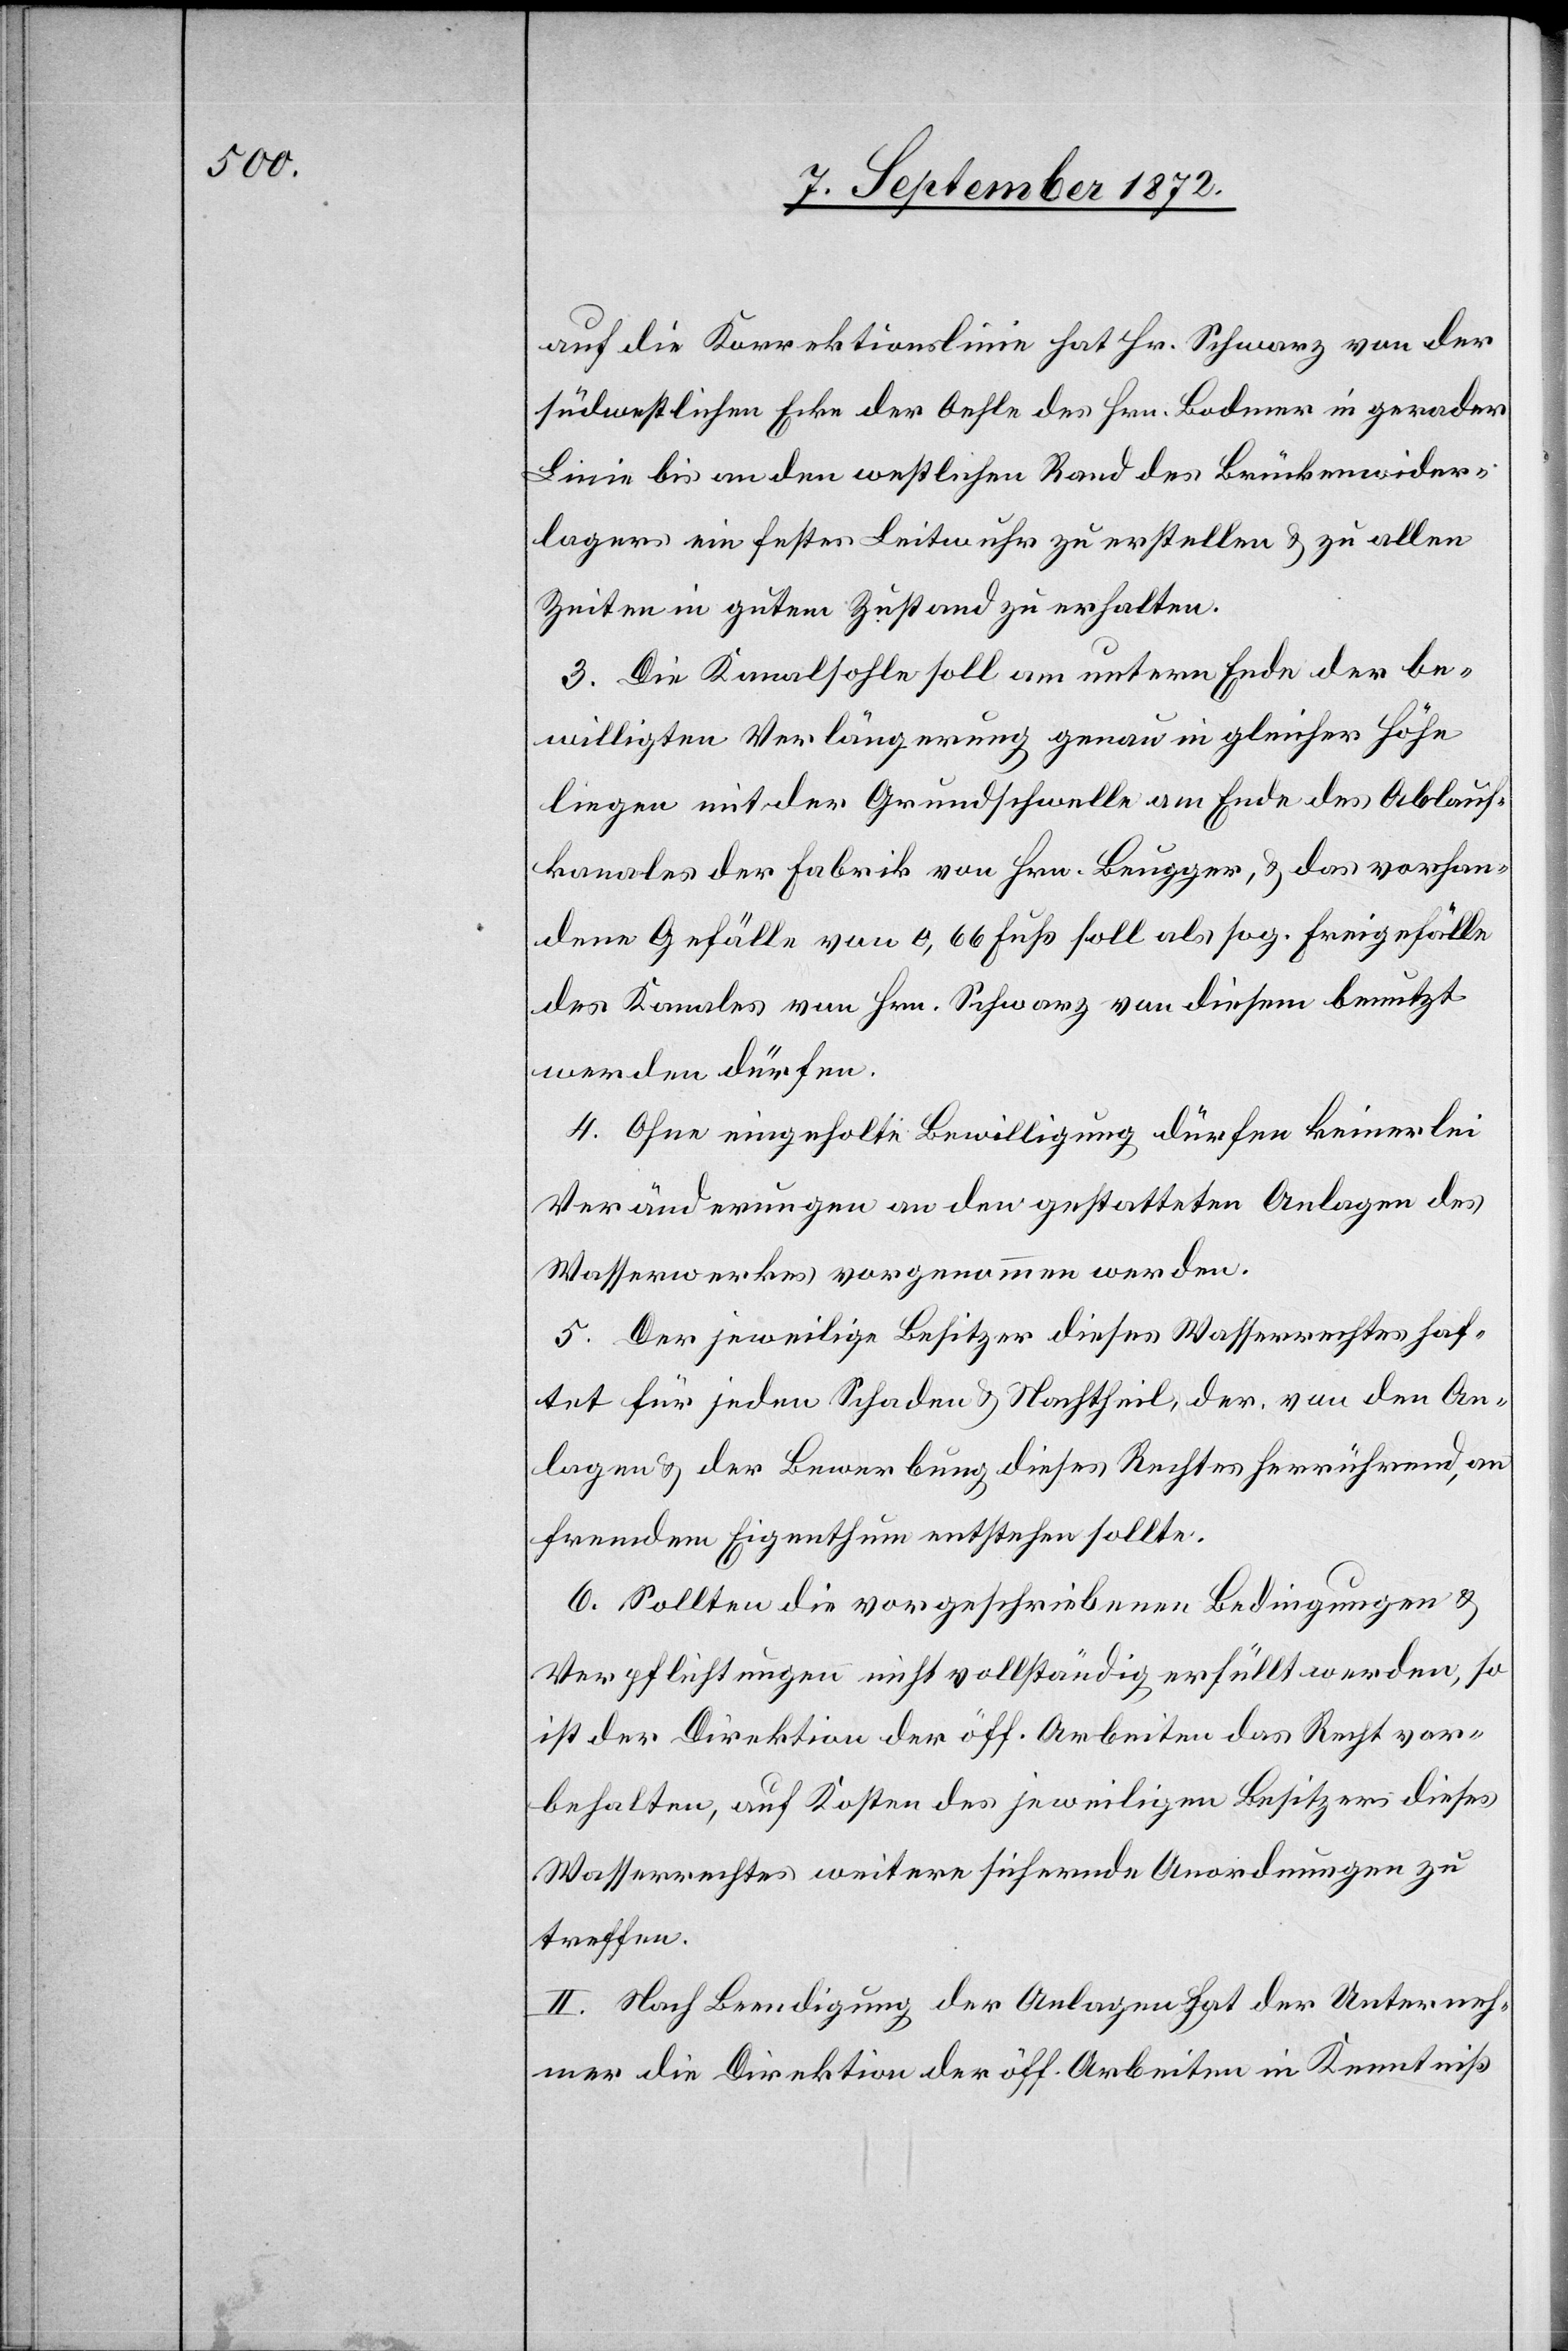
auf die Korrektionslinie hat Hr. Schwarz von der
südwestlichen Ecke der Oehle des Hrn. Bodmer in gerader
Linie bis an den westlichen Rand des Brückenwider¬
lagers ein festes Leitwuhr zu erstellen u. zu allen
Zeiten in gutem Zustand zu erhalten.
3. Die Kanalsohle soll am untern Ende der be¬
willigten Verlängerung genau in gleicher Höhe
liegen mit der Grundschwelle am Ende des Ablauf¬
kanales der Fabrik von Hrn. Beugger, u. das vorhan¬
dene Gefälle von 0,66 Fuß soll als sog. Freigefälle
des Kanales von Hrn. Schwarz von diesem benutzt
werden dürfen.
4. Ohne eingeholte Bewilligung dürfen keinerlei
Veränderungen an den gestatteten Anlagen des
Wasserwerkes vorgenommen werden.
5. Der jeweilige Besitzer dieses Wasserrechtes haf¬
tet für jeden Schaden u. Nachtheil, der von den An¬
lagen u. der Bewerbung dieses Rechtes herrührend, an
fremdem Eigenthum entstehen sollte.
6. Sollten die vorgeschriebenen Bedingungen u.
Verpflichtungen nicht vollständig erfüllt werden, so
ist der Direktion der öff. Arbeiten das Recht vor¬
behalten, auf Kosten des jeweiligen Besitzers dieses
Wasserrechtes weitere sichernde Anordnungen zu
treffen.
II. Nach Beendigung der Anlagen hat der Unterneh¬
mer die Direktion der öff. Arbeiten in Kenntiß